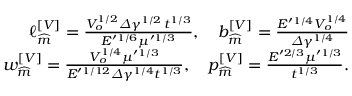
\begin{array} { r } { \ell _ { \widehat { m } } ^ { \left[ V \right] } = \frac { V _ { o } ^ { 1 / 2 } \varDelta \gamma ^ { 1 / 2 } \, t ^ { 1 / 3 } } { E ^ { \prime 1 / 6 } \mu ^ { \prime 1 / 3 } } , \quad b _ { \widehat { m } } ^ { \left[ V \right] } = \frac { E ^ { \prime 1 / 4 } V _ { o } ^ { 1 / 4 } } { \varDelta \gamma ^ { 1 / 4 } } } \\ { w _ { \widehat { m } } ^ { \left[ V \right] } = \frac { V _ { o } ^ { 1 / 4 } \mu ^ { \prime 1 / 3 } } { E ^ { \prime 1 / 1 2 } \varDelta \gamma ^ { 1 / 4 } t ^ { 1 / 3 } } , \quad p _ { \widehat { m } } ^ { \left[ V \right] } = \frac { E ^ { \prime 2 / 3 } \mu ^ { \prime 1 / 3 } } { t ^ { 1 / 3 } } . } \end{array}